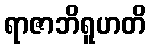
ရာဇာဘိရူဟတိ